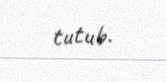
tutub.